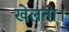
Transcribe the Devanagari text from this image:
खेलना।